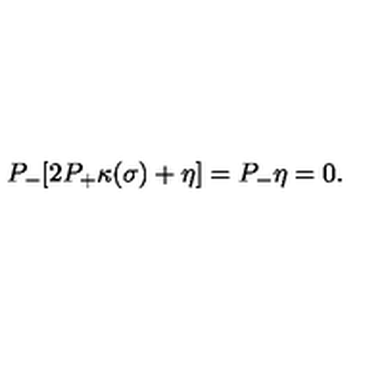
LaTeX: P _ { - } [ 2 P _ { + } \kappa ( \sigma ) + \eta ] = P _ { - } \eta = 0 .